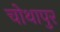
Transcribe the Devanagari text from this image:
चोथापुर